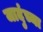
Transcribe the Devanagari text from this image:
जादुंच्या